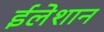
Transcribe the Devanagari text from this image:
ईलेशान